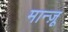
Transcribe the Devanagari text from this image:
मान्ज़ू